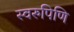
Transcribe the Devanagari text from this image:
स्वरुपिणि